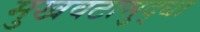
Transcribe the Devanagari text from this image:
मुखवटासुद्धा